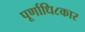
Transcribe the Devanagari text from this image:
पूर्णाधि८कार